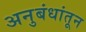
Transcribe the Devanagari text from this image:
अनुबंधांतून